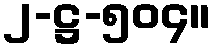
၂-ဋ္ဌ-၅၀၄။